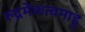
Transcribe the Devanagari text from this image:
रुद्रमेंकत्वमाहु